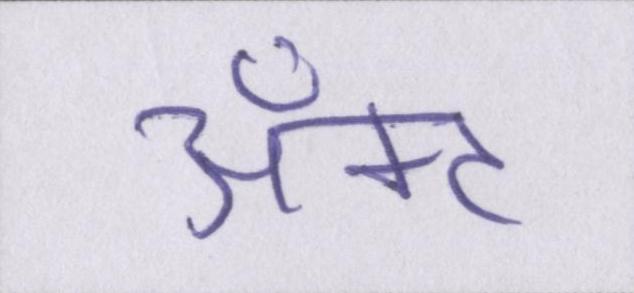
ॲक्ट